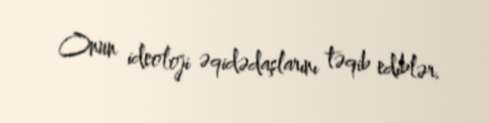
Onun ideoloji əqidədaşlarını təqib ediblər.